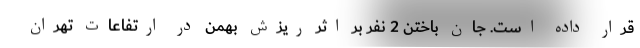
قرار داده است. جان باختن 2 نفر بر اثر ریزش بهمن در ارتفاعات تهران